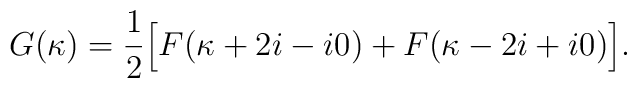
G(\kappa)=\frac{1}{2}\Bigl[F(\kappa+2i-i0)+F(\kappa-2i+i0)\Bigr].